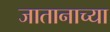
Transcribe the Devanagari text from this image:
जातानाच्या